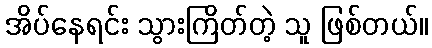
အိပ်နေရင်း သွားကြိတ်တဲ့ သူ ဖြစ်တယ်။